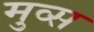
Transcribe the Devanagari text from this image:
मुव्स